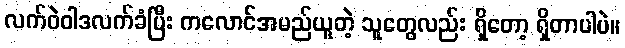
လက်ဝဲဝါဒလက်ခံပြီး ကလောင်အမည်ယူတဲ့ သူတွေလည်း ရှိတော့ ရှိတာပါပဲ။